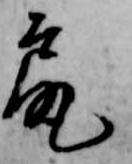
尻